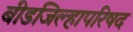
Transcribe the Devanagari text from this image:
बीडजिल्हापरिषद